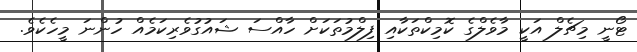
ޓޯނީ މިޗެލް އަކީ މާވެލްގެ ކޮމިކްތަކާއި ފިލްމުތަކަށް ހާއްސަ ޝައުގުވެރިކަމެއް ހުންނަ މީހެކެވެ.